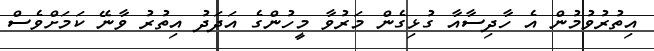
އިތުރުވުމުން އެ ހާދިސާއާ ގުޅިގެން މަރުވާ މީހުންގެ އަދަދު އިތުރު ވާނޭ ކަމަށްވެސް